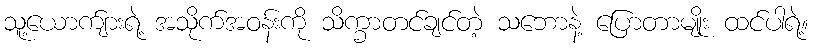
သူ့ယောက်ျားရဲ့ အသိုက်အဝန်းကို သိက္ခာတင်ချင်တဲ့ သဘောနဲ့ ပြောတာမျိုး ထင်ပါရဲ့။